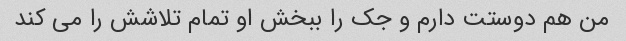
من هم دوستت دارم و جک را ببخش او تمام تلاشش را می کند